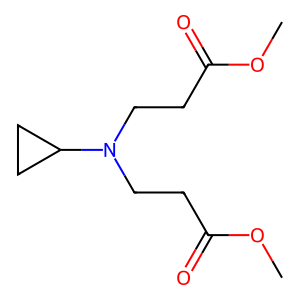
SMILES: COC(=O)CCN(CCC(=O)OC)C1CC1
Inhibits HIV replication: No